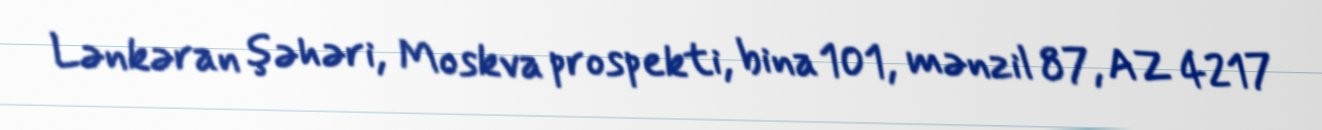
Lənkəran şəhəri, Moskva prospekti, bina 101, mənzil 87, AZ 4217